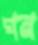
ঘন